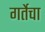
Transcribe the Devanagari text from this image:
गर्तेचा